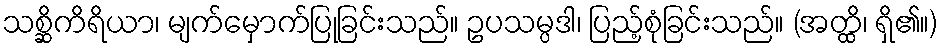
သစ္ဆိကိရိယာ၊ မျက်မှောက်ပြုခြင်းသည်။ ဥပသမ္ပဒါ၊ ပြည့်စုံခြင်းသည်။ (အတ္ထိ၊ ရှိ၏။)